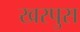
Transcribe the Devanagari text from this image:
खरपुस